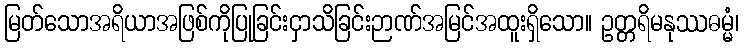
မြတ်သောအရိယာအဖြစ်ကိုပြုခြင်းငှာသိခြင်းဉာဏ်အမြင်အထူးရှိသော။ ဥတ္တရိမနုဿဓမ္မံ၊